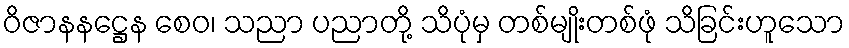
ဝိဇာနနဋ္ဌေန စေဝ၊ သညာ ပညာတို့ သိပုံမှ တစ်မျိုးတစ်ဖုံ သိခြင်းဟူသော